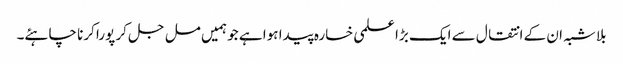
بلاشبہ ان کے انتقال سے ایک بڑا علمی خسارہ پیدا ہوا ہے جو ہمیں مل جل کر پورا کرنا چاہئے۔